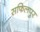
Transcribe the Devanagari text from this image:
सफिलपुर